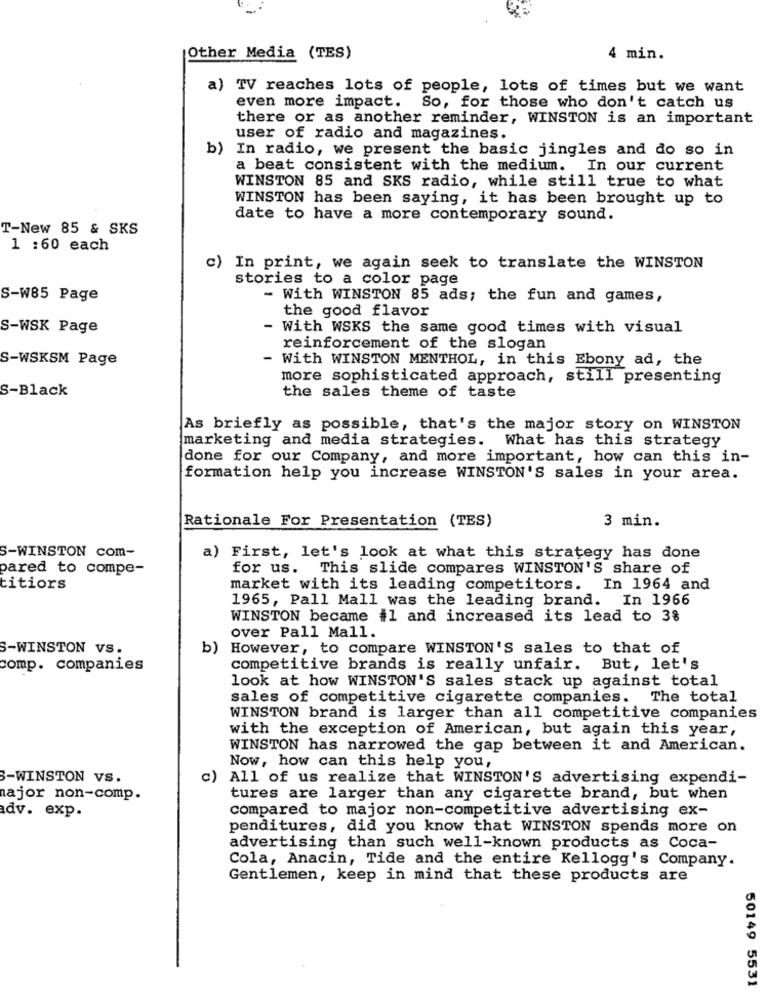
Other Media (TES)
4 min.
a) TV reaches lots of people, lots of times but we want
even more impact.
So, for those who don't catch us
there or as another reminder, WINSTON is an important
user of radio and magazines.
b) In radio, we present the basic jingles and do so in
a beat consistent with the medium. In our current
WINSTON 85 and SKS radio, while still true to what
WINSTON has been saying, it has been brought up to
date to have a more contemporary sound.
T-New 85 & SKS
1 :60 each
c) In print, we again seek to translate the WINSTON
stories to a color page
S-W85 Page
- With WINSTON 85 ads; the fun and games,
the good flavor
S-WSK Page
- With WSKS the same good times with visual
reinforcement of the slogan
S-WSKSM Page
- With WINSTON MENTHOL, in this Ebony ad, the
more sophisticated approach, still presenting
S-Black
the sales theme of taste
As briefly as possible, that's the major story on WINSTON
marketing and media strategies. What has this strategy
done for our Company, and more important, how can this in-
formation help you increase WINSTON'S sales in your area.
3 min.
Rationale For Presentation (TES)
S-WINSTON com-
a) First, let's look at what this strategy has done
pared to compe-
for us. This slide compares WINSTON'S share of
titiors
market with its leading competitors. In 1964 and
1965, Pall Mall was the leading brand. In 1966
WINSTON became il and increased its lead to 3%
over Pall Mall.
S-WINSTON VS.
b) However, to compare WINSTON'S sales to that of
comp. companies
competitive brands is really unfair. But, let's
look at how WINSTON'S sales stack up against total
sales of competitive cigarette companies. The total
WINSTON brand is larger than all competitive companies
with the exception of American, but again this year,
WINSTON has narrowed the gap between it and American.
Now, how can this help you,
-WINSTON VS.
c)
All of us realize that WINSTON'S advertising expendi-
najor non-comp.
tures are larger than any cigarette brand, but when
compared to major non-competitive advertising ex-
adv. exp.
penditures, did you know that WINSTON spends more on
advertising than such well-known products as Coca-
Cola, Anacin, Tide and the entire Kellogg's Company.
Gentlemen, keep in mind that these products are
50149 5531